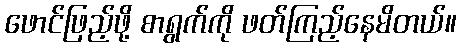
ဖောင်ဖြည့်ဖို့ စာရွက်ကို ဖတ်ကြည့်နေမိတယ်။